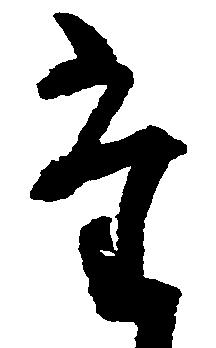
た